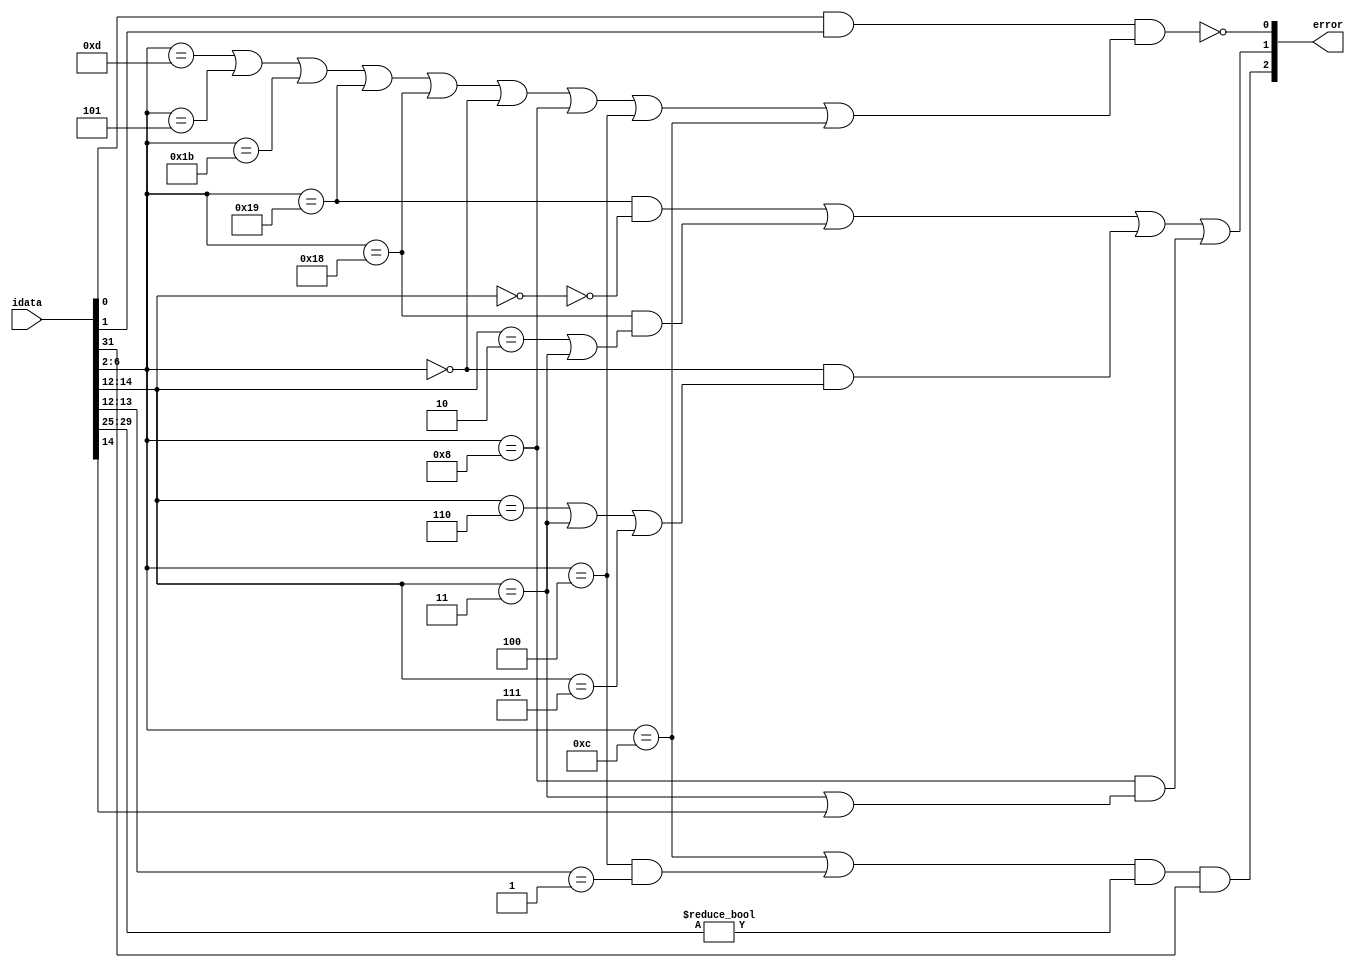
`timescale 1ns / 1ps

module errordetect(
    idata,
	 error
    );
input [31:0] idata;
output [2:0] error;
wire t4,t5,t6,t7;
assign t4 = (idata[6:2]==5'b11001);
assign t5 = (idata[6:2]==5'b11000);
assign t6 = (idata[6:2]==5'b00000);
assign t7 = (idata[6:2]==5'b01000);
assign t8 = (idata[6:2]==5'b00100);
assign t9 = (idata[6:2]==5'b01100);
assign error[0] = ~((idata[0] & idata[1])  & ((idata[6:2]==5'b01101) | (idata[6:2]==5'b00101) | (idata[6:2]==5'b11011) | t4 | t5 | t6 | t7 | t8 | t9));
assign error[1] = (t4 & ~(idata[14:12]==3'b000)) | (t5 & (idata[14:12]==3'b010 | idata[14:12]==3'b011)) | (t6 & (idata[14:12]==3'b110 | idata[14:12]==3'b011 | idata[14:12]==3'b111)) | (t7 & (idata[14:12]==3'b011 | idata[14]==1 ));
assign error[2] =  ((t9 | (t8 & idata[13:12]==2'b01)) & (idata[29:25]!=5'b00000) & idata[31]);
endmodule